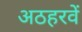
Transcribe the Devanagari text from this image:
अठहरवें